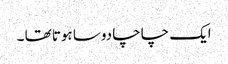
ایک چاچا دوسا ہوتا تھا ۔